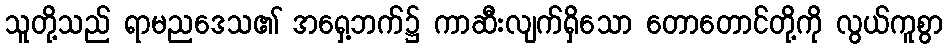
သူတို့သည် ရာမညဒေသ၏ အရှေ့ဘက်၌ ကာဆီးလျက်ရှိသော တောတောင်တို့ကို လွယ်ကူစွာ